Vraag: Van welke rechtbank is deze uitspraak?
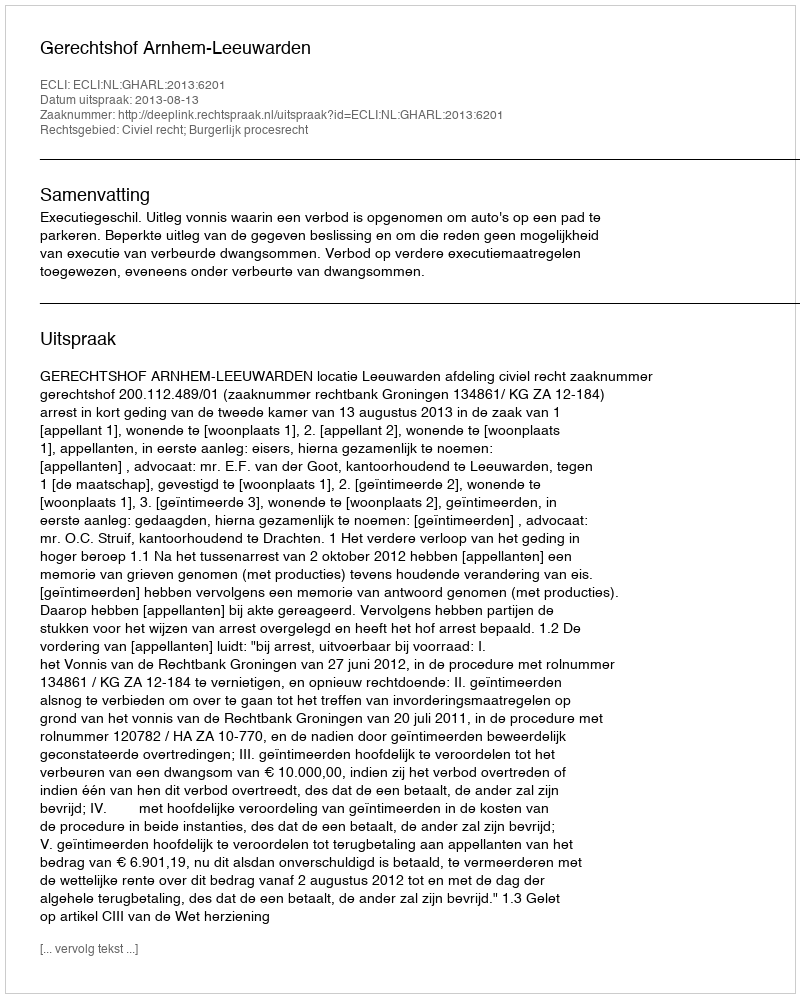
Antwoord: Gerechtshof Arnhem-Leeuwarden